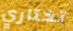
تختاري